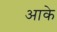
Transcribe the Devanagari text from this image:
अाके